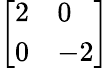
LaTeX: \left[\begin{array}{ll}{2}&{0}\\ {0}&{-2}\end{array}\right]